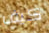
كيف